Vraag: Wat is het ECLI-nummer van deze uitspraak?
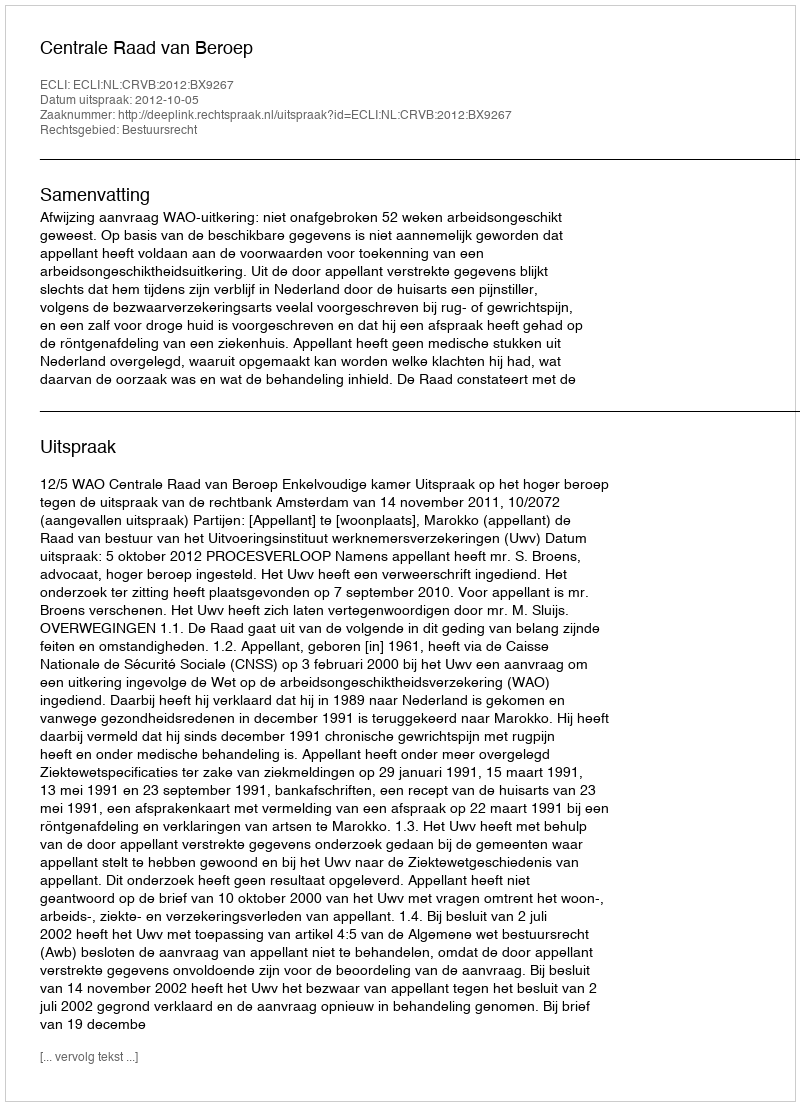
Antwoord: ECLI:NL:CRVB:2012:BX9267